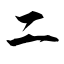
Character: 二